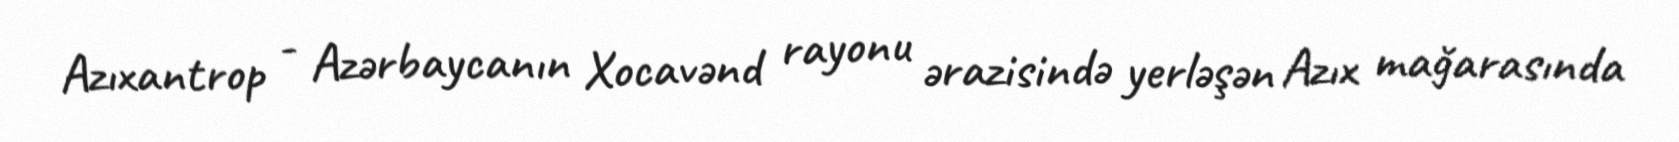
Azıxantrop - Azərbaycanın Xocavənd rayonu ərazisində yerləşən Azıx mağarasında